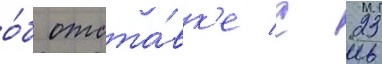
о́б отста́вк'е с 23